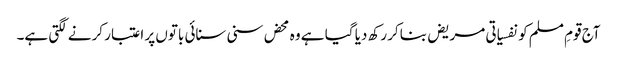
آج قومِ مسلم کو نفسیاتی مریض بناکر رکھ دیا گیا ہے وہ محض سنی سنائی باتوں پر اعتبار کرنے لگتی ہے۔